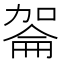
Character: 嗧